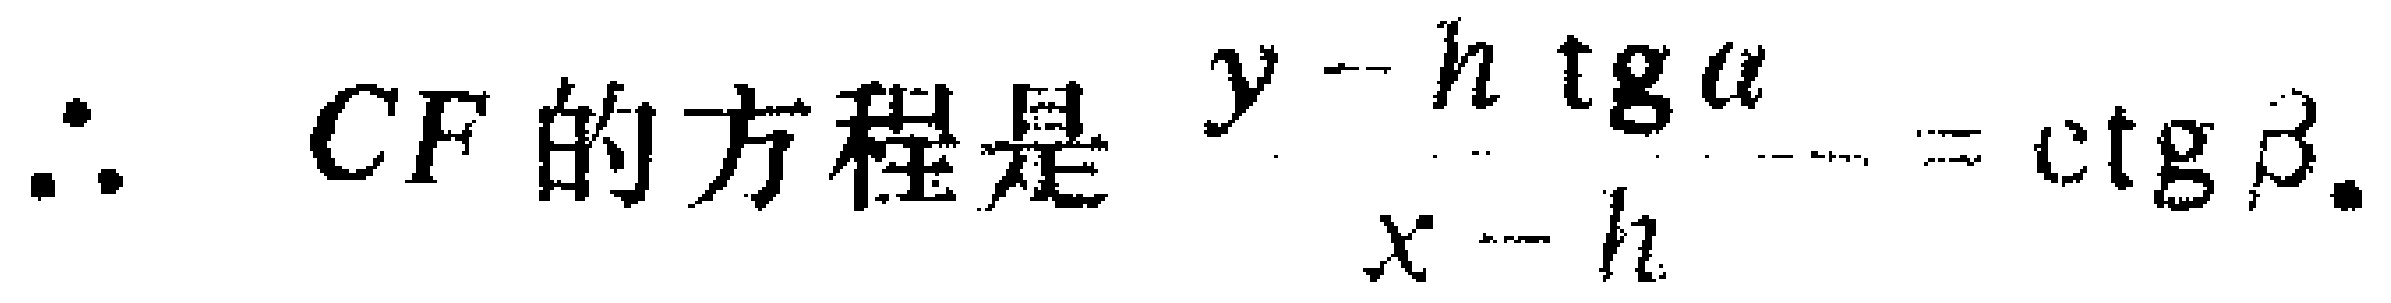
\(\therefore CF \text{ 的方程是 } \frac{y - h \operatorname{tg} \alpha}{x - h} = \operatorname{ctg} \beta.\)